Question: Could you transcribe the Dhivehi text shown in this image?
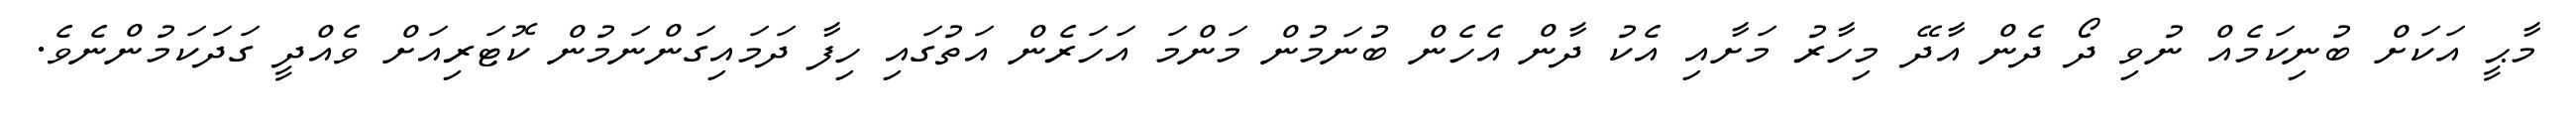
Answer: މާޙީ އަކަށް ބުނިކަމެއް ނުވި ދޯ ދެން އާދޭ މިހާރު މަށާއި އެކު ދާން އެހެން ބުނަމުން މަންމަ އަހަރެން އަތުގައި ހިފާ ދަމައިގަންނަމުން ކޮޓަރިއަށް ވެއްދީ ގަދަކަމުންނެވެ.